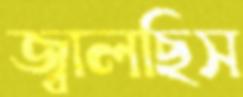
জ্বালছিস